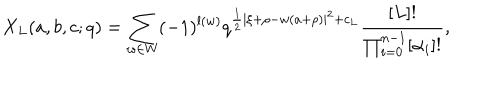
X _ { L } ( a , b , c ; q ) = \sum _ { w \in W } ( - 1 ) ^ { l ( w ) } q ^ { { \frac { 1 } { 2 } } | \xi + \rho - w ( a + \rho ) | ^ { 2 } + c _ { L } } { \frac { [ L ] ! } { \prod _ { i = 0 } ^ { n - 1 } [ \alpha _ { i } ] ! } } ,